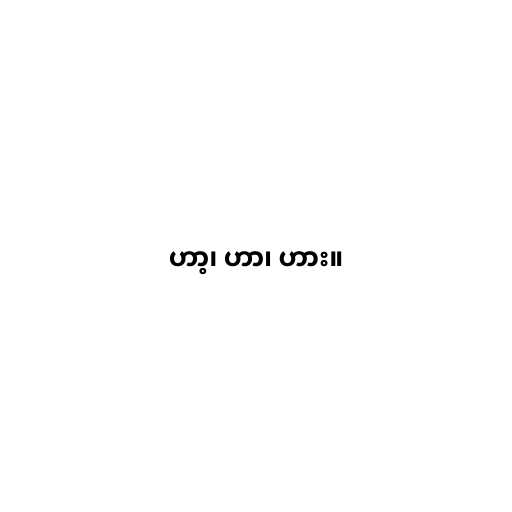
ဟာ့၊ ဟာ၊ ဟား။